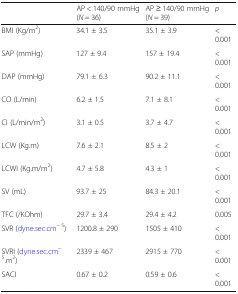
<table><thead><tr><td>[EMPTY_CELL]</td><td><b>AP &lt; 140/90 mmHg (<i>N</i> = 36)</b></td><td><b>AP ≥ 140/90 mmHg (<i>N</i> = 39)</b></td><td><b><i>p</i></b></td></tr></thead><tbody><tr><td>BMI (Kg/m<sup>2</sup>)</td><td>34.1 ± 3.5</td><td>35.1 ± 3.9</td><td>&lt; 0.001</td></tr><tr><td>SAP (mmHg)</td><td>127 ± 9.4</td><td>157 ± 19.4</td><td>&lt; 0.001</td></tr><tr><td>DAP (mmHg)</td><td>79.1 ± 6.3</td><td>90.2 ± 11.1</td><td>&lt; 0.001</td></tr><tr><td>CO (L/min)</td><td>6.2 ± 1.5</td><td>7.1 ± 8.1</td><td>&lt; 0.001</td></tr><tr><td>CI (L/min/m<sup>2</sup>)</td><td>3.1 ± 0.5</td><td>3.7 ± 4.7</td><td>&lt; 0.001</td></tr><tr><td>LCW (Kg.m)</td><td>7.6 ± 2.1</td><td>8.5 ± 2</td><td>&lt; 0.001</td></tr><tr><td>LCWI (Kg.m/m<sup>2</sup>)</td><td>4.7 ± 5.8</td><td>4.3 ± 1</td><td>&lt; 0.001</td></tr><tr><td>SV (mL)</td><td>93.7 ± 25</td><td>84.3 ± 20.1</td><td>&lt; 0.001</td></tr><tr><td>TFC (/KOhm)</td><td>29.7 ± 3.4</td><td>29.4 ± 4.2</td><td>0.005</td></tr><tr><td>SVR (dyne.sec.cm<sup>− 5</sup>)</td><td>1200.8 ± 290</td><td>1505 ± 410</td><td>&lt; 0.001</td></tr><tr><td>SVRI (dyne.sec.cm<sup>− 5</sup>.m<sup>2</sup>)</td><td>2339 ± 467</td><td>2915 ± 770</td><td>&lt; 0.001</td></tr><tr><td>SACI</td><td>0.67 ± 0.2</td><td>0.59 ± 0.6</td><td>&lt; 0.001</td></tr></tbody></table>